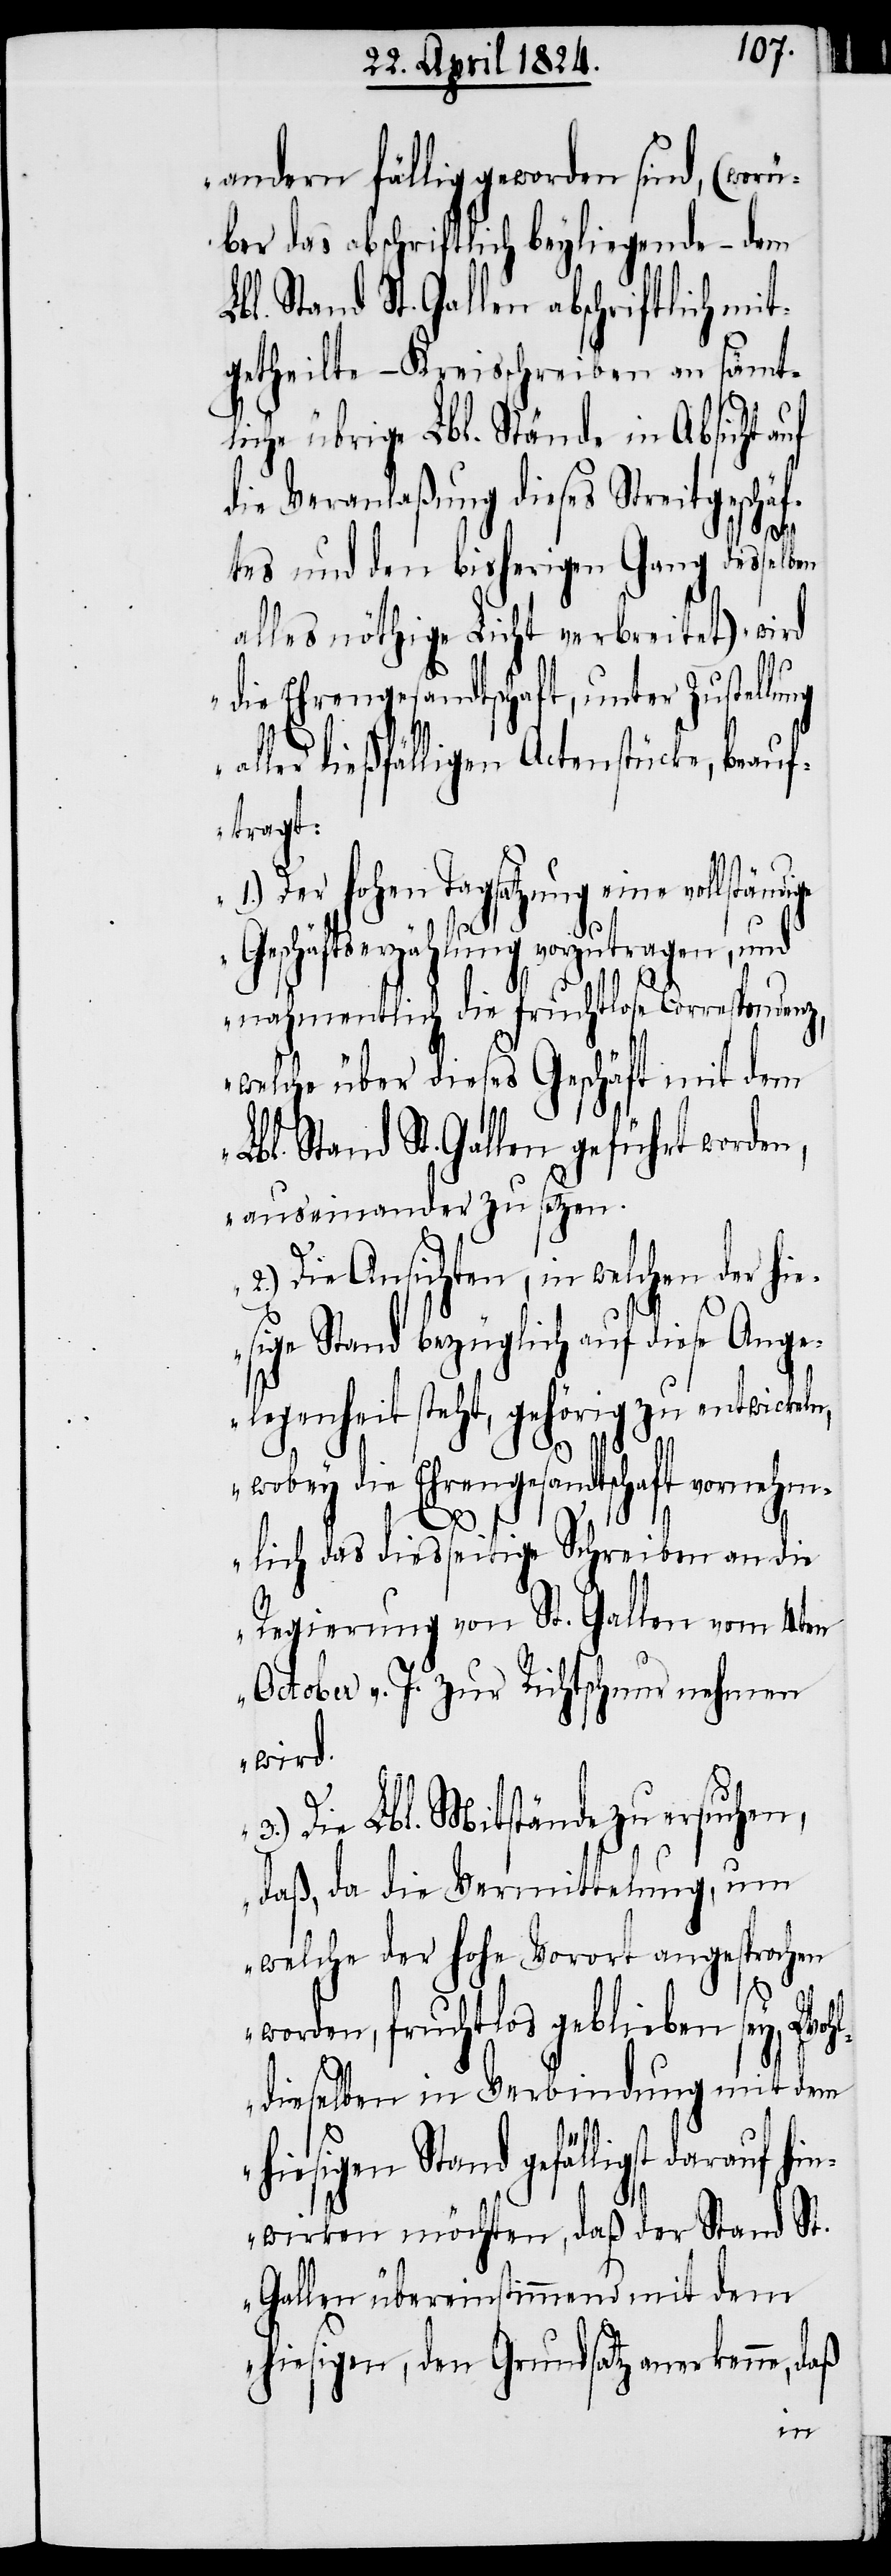
andern fällig geworden sind, (wor¬
über das abschriftlich beyliegende – dem
bl. Stand St. Gallen abschriftlich mi¬
tgetheilte – Kreisschreiben an sämt¬
liche übrige Lbl. Stände in Absicht
die Veranlaßung dieses Streitgeschäf¬
tes und den bisherigen Gang dessel¬
alles nöthige Licht verbreitet) wird
1.)
die Ehrengesandtschaft, unter Zustellung
aller dießfälligen Actenstücke, beauf¬
tragt:
Der hohen Tagsatzung eine
Geschäftserzählung vorzutragen, und
nahmentlich die fruchtlose Correspondenz,
welche über dieses Geschäft mit dem
Lbl. Stand St. Gallen geführt worden,
auseinander zu setzen.
Diese Ansichten, in welchen der hie¬
sige Stand bezüglich auf diese Ange¬
legenheit steht, gehörig zu entwickeln,
3.)
wobey die Ehrengesandtschaft vornehm¬
lich das diesseitige Schreiben an die
Regierung von St. Gallen vom 4ten
October v. J. zur Richtschnur nehmen
wird.
Die Lbl. Mitstände zu ersuchen,
daß da die Vermittlung, um
welche der hohe Vorort angesprochen
worden, fruchtlos geblieben sey, Wo¬
hldieselben in Verbindung mit dem
hiesigen Stand gefälligst darauf
wirken möchten, daß der Stand St.
Gallen übereinstimmend mit dem
hiesigen, den Grundsatz anerkenne, daß
hin¬